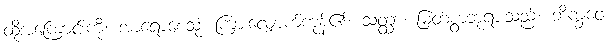
ထိုအကြောင်းကို။ အာရောစေသုံ၊ ကြားလျှောက်ကုန်၏။ သတ္ထာ၊ မြတ်စွာဘုရားသည်။ ဘိက္ခဝေ၊